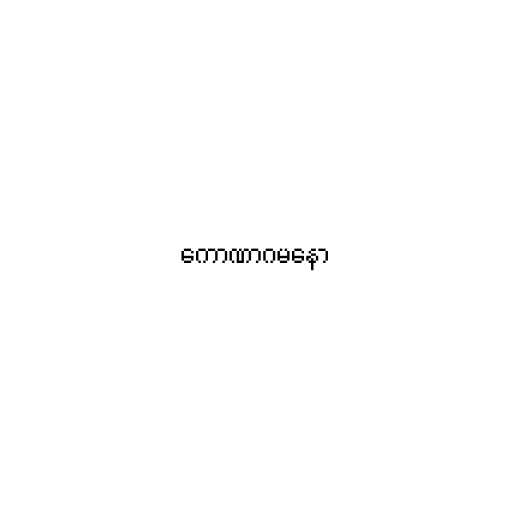
ကောဏာဂမနော